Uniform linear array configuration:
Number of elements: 16
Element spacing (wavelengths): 0.25
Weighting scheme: kaiser
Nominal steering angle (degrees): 15
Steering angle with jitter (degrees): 16.944
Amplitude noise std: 0.05
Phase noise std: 0.05

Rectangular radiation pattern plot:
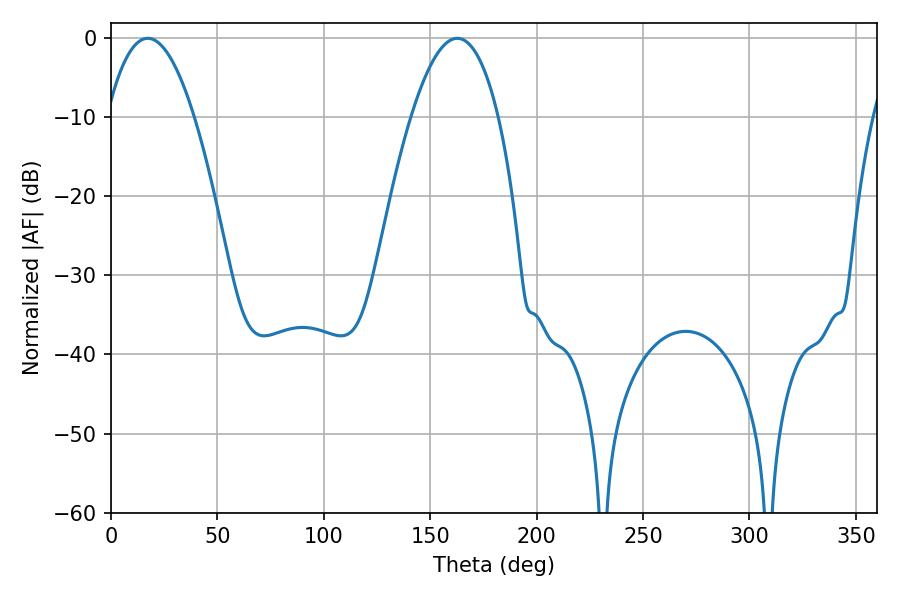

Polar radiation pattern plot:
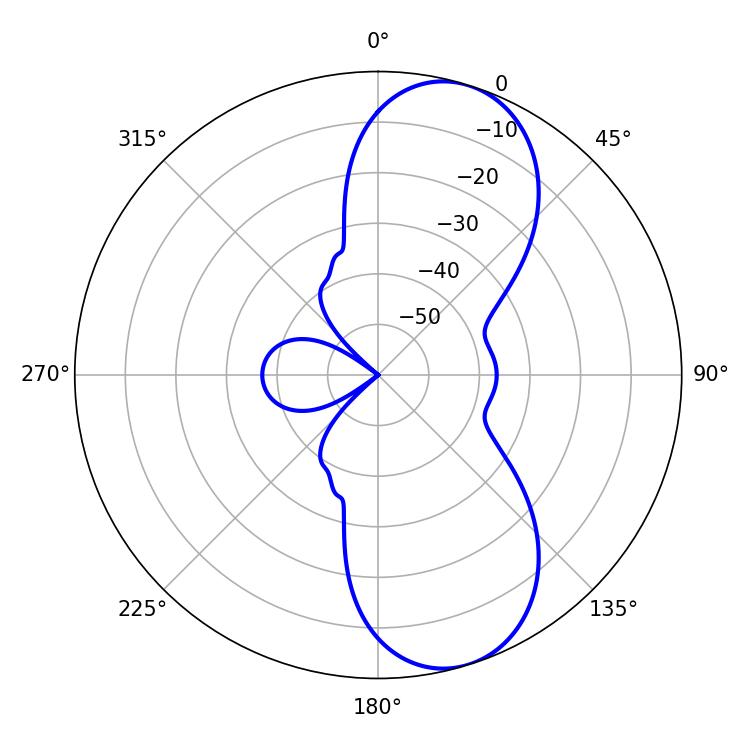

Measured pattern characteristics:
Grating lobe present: FALSE
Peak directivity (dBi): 8.882
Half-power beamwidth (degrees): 22.68
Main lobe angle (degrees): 17.28